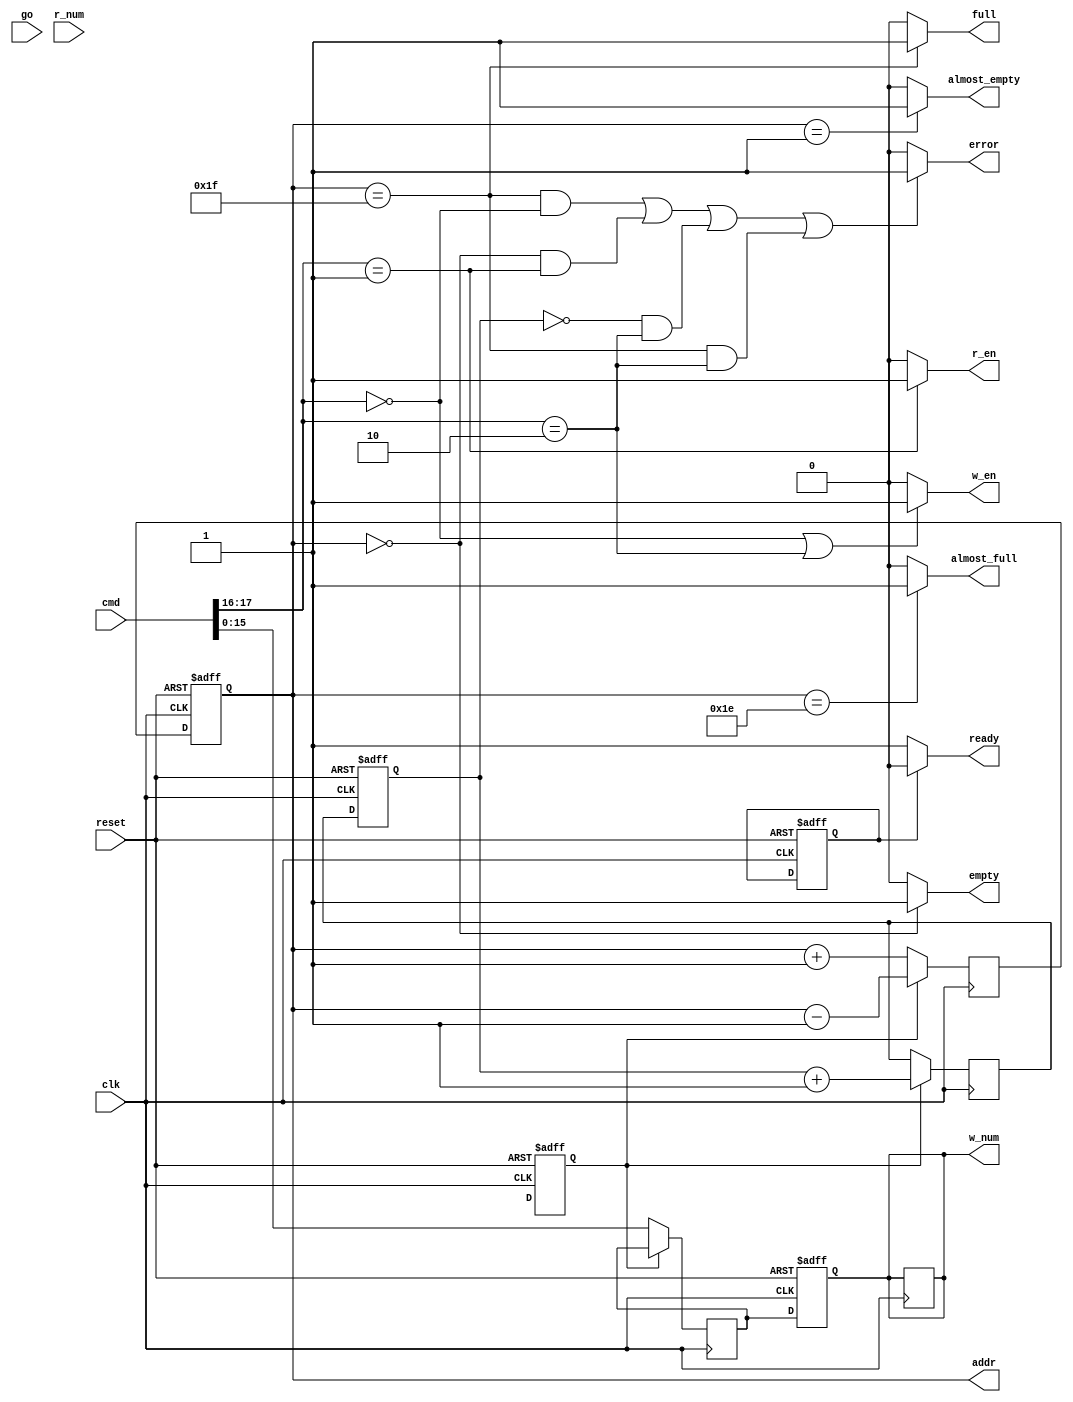
`define READY_TO_WORK 3'b100
`define WORKING       3'b101

`define PUSH 	  2'b00
`define POP  	  2'b01
`define PUSH_PREV 2'b10
`define IDLE 	  2'b11

module queue(clk,reset,go,cmd,r_num,ready,w_en,r_en,full,almost_full,empty,almost_empty,error,w_num,addr);
	input clk,reset,go;
	input [17:0]cmd;
	input [15:0]r_num;

	output ready;
	output w_en,r_en;
	output full,almost_full,empty,almost_empty,error;
	output [15:0]w_num;
	output [4:0]addr;

	reg state,next_state;
	reg QAction,next_QAction;
	reg pop_counter,next_pop_counter;
	reg [15:0]r_value,w_value,next_w_value;
	reg [4:0]position,next_position;
	reg handling;

	always@(posedge clk or posedge reset)begin
		if (reset == 1'b1)begin
			state       <= `READY_TO_WORK;
			QAction     <= `IDLE;
			r_value     <= 16'd0;
			w_value     <= 16'd0;
			position    <= 5'd0;
			pop_counter <= 5'd0;
			handling    <= 1'd0;
			//$display("reset");
		end
		else begin
			state       <= next_state;
			QAction     <= next_QAction;
			position    <= next_position;
			pop_counter <= next_pop_counter;
			w_value     <= next_w_value;
			//$display("1STcmd: %18d",cmd[17:0]);
		end
	end

	always@(ready)begin
		next_state = state;
		case(state)
			`READY_TO_WORK:begin
				//$display("Ready");
				next_state = (go == 1'b1)? `WORKING: `READY_TO_WORK;
			end
			`WORKING:begin
				//$display("Work");
				next_QAction = QAction;
				case(QAction)
					`PUSH:begin
						 //$display("1");
						if(cmd[17:16] == `PUSH)begin
							next_QAction = `PUSH;
							handling = 1'b1;
						end
						else if(cmd[17:16] == `POP)begin
							next_QAction = `POP;
							handling = 1'b1;
						end
						else if(cmd[17:16] == `PUSH_PREV)begin
							next_QAction = `PUSH_PREV;
							handling = 1'b1;
						end
						else if(cmd[17:16] == `IDLE)begin
							next_QAction =`IDLE;
							handling = 1'b0;
                            next_state = `READY_TO_WORK;
						end
					end
			    	`POP:begin
						//$display("2");
						if(cmd[17:16] == `PUSH)begin
                             next_QAction = `PUSH;
                             handling = 1'b1;
                         end
                         else if(cmd[17:16] == `POP)begin
                             next_QAction = `POP;
                             handling = 1'b1;
                         end
                         else if(cmd[17:16] == `PUSH_PREV)begin
                             next_QAction = `PUSH_PREV;
                         	 handling = 1'b1;
                         end
                         else if(cmd[17:16] == `IDLE)begin
                             next_QAction =`IDLE;
                             handling = 1'b0;
                             next_state = `READY_TO_WORK;
                         end
					end
					`PUSH_PREV:begin
						//$display("3");
						if(cmd[17:16] == `PUSH)begin
                             next_QAction = `PUSH;
                             handling = 1'b1;
                         end
                         else if(cmd[17:16] == `POP)begin
                             next_QAction = `POP;
                             handling = 1'b1;
                         end
                         else if(cmd[17:16] == `PUSH_PREV)begin
                             next_QAction = `PUSH_PREV;
                             handling = 1'b1;
                         end
                         else if(cmd[17:16] == `IDLE)begin
                             next_QAction =`IDLE;
                             handling = 1'b0;
                             next_state = `READY_TO_WORK;
                         end
                     end

					`IDLE:begin
						//$display("4");
						if(cmd[17:16] == `PUSH)begin
                             next_QAction = `PUSH;
                             handling = 1'b1;
                         end
                        else if(cmd[17:16] == `POP)begin
                             next_QAction = `POP;
                             handling = 1'b1;
                         end
                         else if(cmd[17:16] == `PUSH_PREV)begin
                             next_QAction = `PUSH_PREV;
                             handling = 1'b1;
                         end
                         else if(cmd[17:16] == `IDLE)begin
                             next_QAction =`IDLE;
                             handling = 1'b0;
                             next_state = `READY_TO_WORK;
                         end
                     end
				endcase
			end
		endcase
	end

	always@(negedge clk)begin
		if(QAction == `PUSH)begin
			//$display("PUSH");
			next_w_value = cmd[15:0];
			next_position = position + 5'd1;
		end
		else if(QAction == `POP)begin
			 //$display("POP cmd= %18b",cmd[17:0]);
			r_value = r_num;
			next_position = position - 5'd1;
			next_pop_counter = pop_counter +5'd1;
		end
		else if(QAction == `PUSH_PREV)begin
			//$display("PUSH_PREV");
			next_position = position + 5'd1;
			w_value = r_value;
		end
		else if(QAction == `IDLE)begin
			//$display("IDLE");
		end
	end

	assign ready = (handling == 1'b0)?			  	   		   1'b1:1'b0;
	assign w_en  = ((cmd[17:16] == `PUSH)||
					(cmd[17:16] == `PUSH_PREV))? 			   1'b1:1'b0;
	assign r_en  =  (cmd[17:16] == `POP)?  					   1'b1:1'b0;
	assign full  = (position == 5'd31)?					       1:0;
	assign almost_full = (position == 5'd30)?			       1:0;
	assign empty = (position == 5'd0)?					  	   1:0;
	assign almost_empty = (position == 5'd1)?			  	   1:0;
	assign error = ((position == 5'd31 && cmd[17:16] == `PUSH) 		 ||
				    (position == 5'd0  && cmd[17:16] == `POP) 		 ||
					(pop_counter == 5'd0 && cmd[17:16] == `PUSH_PREV)||
					(position == 5'd31 && cmd[17:16] == `PUSH_PREV))? 1'b1:1'b0;
	assign w_num = w_value;
	assign addr  = position;

endmodule